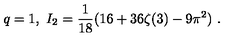
q = 1 , \ I _ { 2 } = \frac 1 { 1 8 } ( 1 6 + 3 6 \zeta ( 3 ) - 9 \pi ^ { 2 } ) \ .